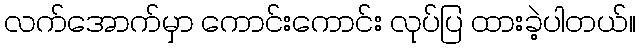
လက်အောက်မှာ ကောင်းကောင်း လုပ်ပြ ထားခဲ့ပါတယ်။